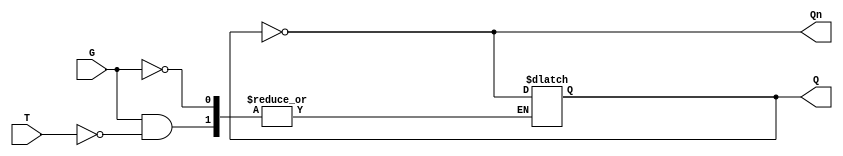
module gated_t_latch (
    input wire T,      // Toggle input
    input wire G,      // Gate input
    output reg Q,      // Output
    output wire Qn     // Complement output
);

// Complement output
assign Qn = ~Q;

// Always block to implement the latch behavior
always @(G or T) begin
    if (G) begin
        if (T) begin
            Q <= ~Q;  // Toggle the output when T is high
        end
        // If T is low, Q retains its state
    end
    // If G is low, Q retains its state
end

// Optionally, you can add an initial block for setting an initial state
initial begin
    Q = 0;  // Set initial state of Q to 0
end

endmodule